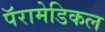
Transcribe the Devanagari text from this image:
पॅरामेडिकल